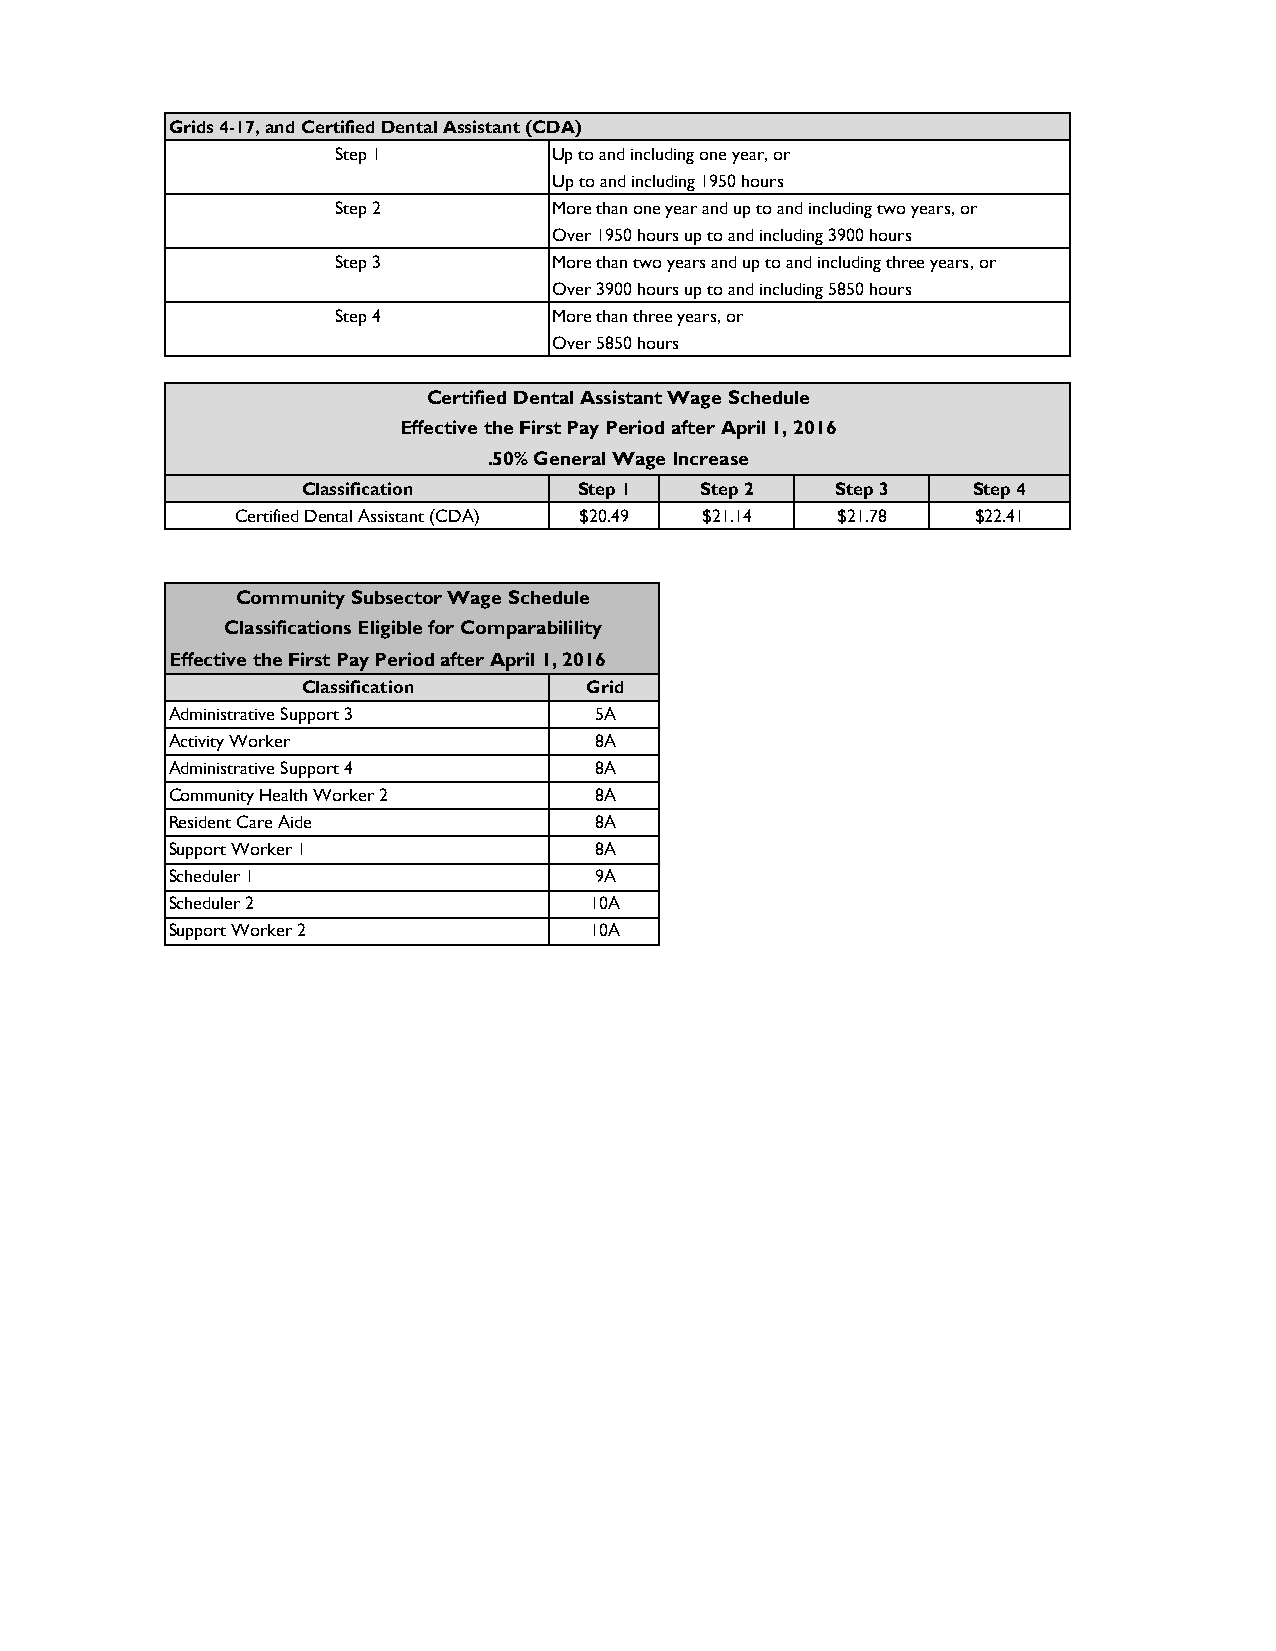
Grids 4-17, and Certified Dental Assistant (CDA)
 Step 1        Up to and including one year, or
 Up to and including 1950 hours
 Step 2        More than one year and up to and including two years, or
 Over 1950 hours up to and including 3900 hours
 Step 3        More than two years and up to and including three years, or
 Over 3900 hours up to and including 5850 hours
 Step 4        More than three years, or
 Over 5850 hours
 Certified Dental Assistant Wage Schedule
 Effective the First Pay Period after April 1, 2016
 .50% General Wage Increase
 Classification    Step 1  Step 2   Step 3   Step 4
 Certified Dental Assistant (CDA) $20.49 $21.14 $21.78 $22.41
 Community Subsector Wage Schedule
 Classifications Eligible for Comparabilility
 Effective the First Pay Period after April 1, 2016
 Classification    Grid
 Administrative Support 3    5A
 Activity Worker             8A
 Administrative Support 4    8A
 Community Health Worker 2   8A
 Resident Care Aide          8A
 Support Worker 1            8A
 Scheduler 1                 9A
 Scheduler 2                 10A
 Support Worker 2            10A